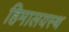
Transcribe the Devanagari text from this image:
हिमालयस्थ